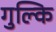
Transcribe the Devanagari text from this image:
गुल्कि